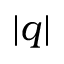
\vert q \vert